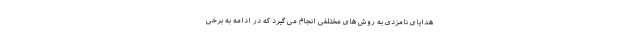
هدایای نامزدی به روش های مختلفی انجام می گیرد که در ادامه به برخی